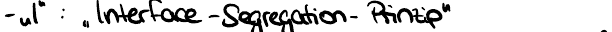
- "I" : "Interface-Segregation-Prinzip"